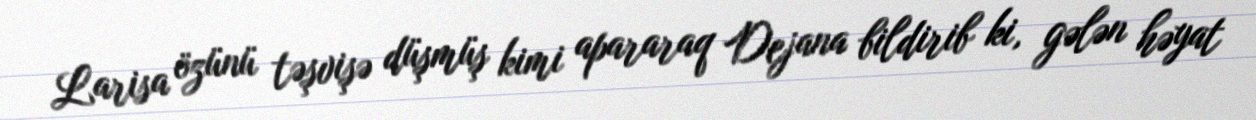
Larisa özünü təşvişə düşmüş kimi apararaq Dejana bildirib ki, gələn həyat